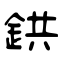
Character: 鉷